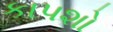
કાપશો